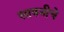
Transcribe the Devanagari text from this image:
सावनीचे